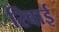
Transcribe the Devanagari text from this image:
रिवाई